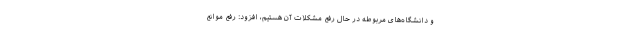
و دانشگاه‌های مربوطه در حال رفع مشکلات آن هستیم، افزود: رفع موانع